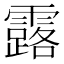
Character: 露